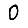
Digit: 0